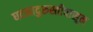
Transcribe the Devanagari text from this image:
घटनादुरुस्तीपासून